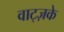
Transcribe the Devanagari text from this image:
वाट्ज़के